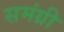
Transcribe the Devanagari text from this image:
समंग्री